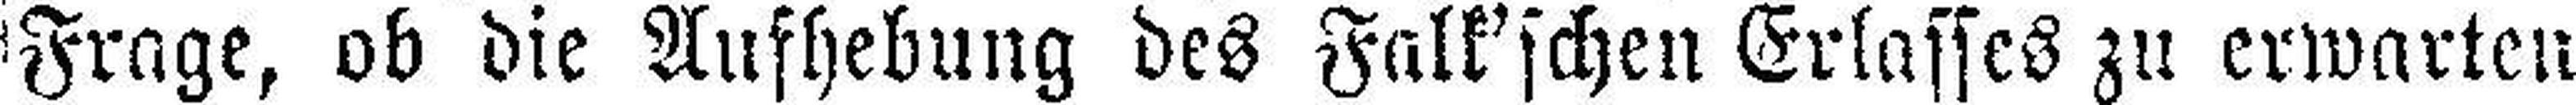
Frage, ob die Aufhebung des Falk'schen Erlasses zu erwarten